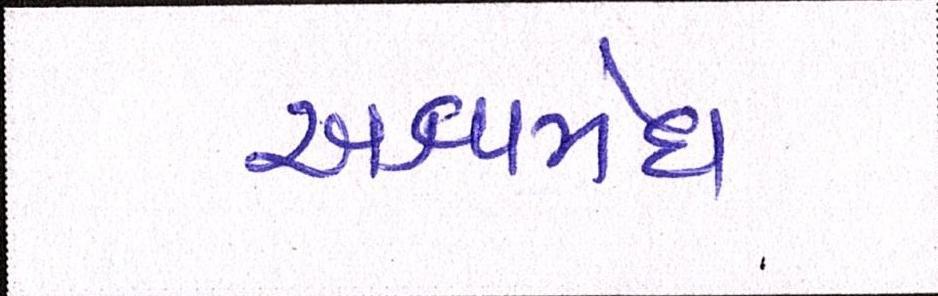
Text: અશ્વમેઘ